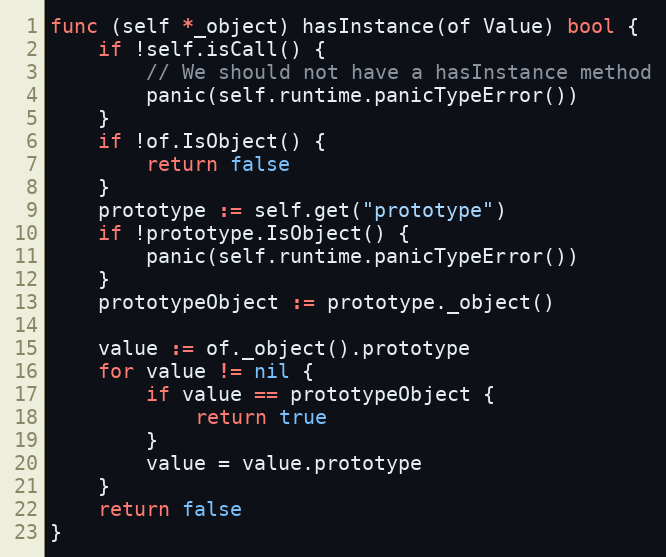
Language: Go
func (self *_object) hasInstance(of Value) bool {
	if !self.isCall() {
		// We should not have a hasInstance method
		panic(self.runtime.panicTypeError())
	}
	if !of.IsObject() {
		return false
	}
	prototype := self.get("prototype")
	if !prototype.IsObject() {
		panic(self.runtime.panicTypeError())
	}
	prototypeObject := prototype._object()

	value := of._object().prototype
	for value != nil {
		if value == prototypeObject {
			return true
		}
		value = value.prototype
	}
	return false
}